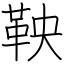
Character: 鞅